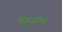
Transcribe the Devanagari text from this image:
बहुजीन